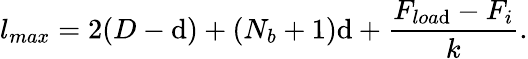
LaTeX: l_{max}=2(D-\mathrm{d})+(N_{b}+1)\mathrm{d}+\frac{{F_{loa\mathrm{d}}-F_{i}}}{{k}}.